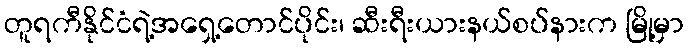
တူရကီနိုင်ငံရဲ့အရှေ့တောင်ပိုင်း၊ ဆီးရီးယားနယ်စပ်နားက မြို့မှာ